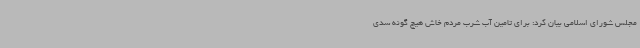
مجلس شورای اسلامی بیان کرد: برای تامین آب شرب مردم خاش هیچ گونه سدی